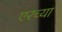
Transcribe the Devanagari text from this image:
एरच्या